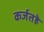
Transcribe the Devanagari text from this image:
कर्जतहे